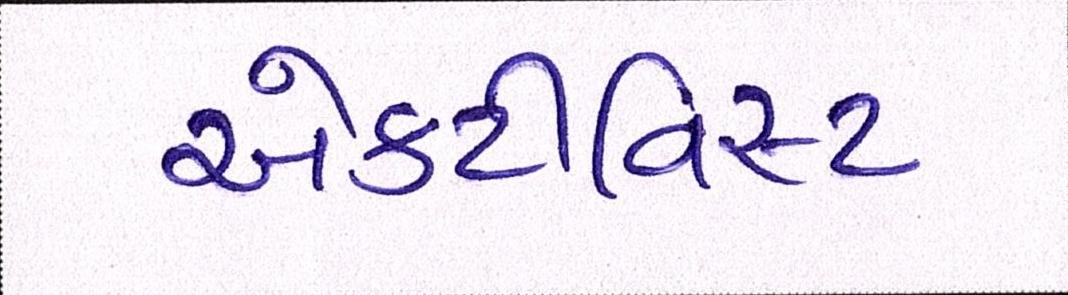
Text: એક્ટીવિસ્ટ